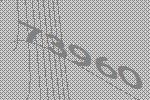
73960